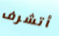
أتشرف